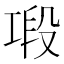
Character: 𢀤